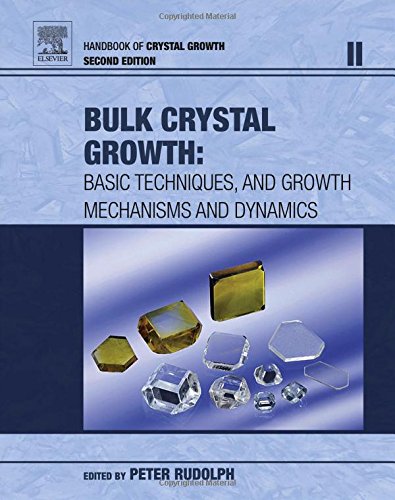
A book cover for Handbook of Crystal Growth, Second Edition: Bulk Crystal Growth; Science & Math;